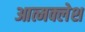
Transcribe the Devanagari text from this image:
आत्मक्लेश